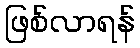
ဖြစ်လာရန်